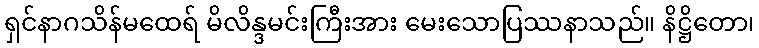
ရှင်နာဂသိန်မထေရ် မိလိန္ဒမင်းကြီးအား မေးသောပြဿနာသည်။ နိဋ္ဌိတော၊